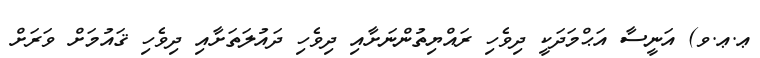
ޢ.ޢ.ވ) އަނީސާ އަޙްމަދަކީ ދިވެހި ރައްޔިތުންނަށާއި ދިވެހި ދައުލަތަށާއި ދިވެހި ޤައުމަށް ވަރަށް